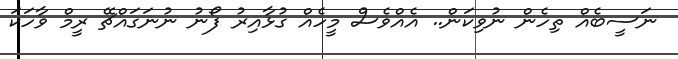
ނަސީބެއް ތިހެން ނުވިކަން.. އެއްވެސް މީހެއް ގުޅާއިރު ފޯނު ނުނަގައްޗޭ ރީމް ވާހަކަ